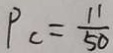
P _ { c } = \frac { 1 1 } { 5 0 }